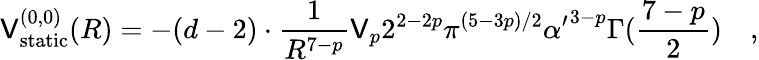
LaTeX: \mathsf{V}_{\mathrm{{static}}}^{(0,0)}(R)=-(d-2)\cdot{\frac{{1}}{{R^{7-p}}}}\mathsf{V}_{p}2^{2-2p}\pi^{(5-3p)/2}{\alpha^{\prime}}^{3-p}\Gamma({\frac{{7-p}}{{2}}})\quad,